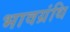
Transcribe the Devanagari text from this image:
भावग्रंथि